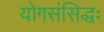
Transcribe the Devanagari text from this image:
योगसंसिद्धः